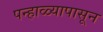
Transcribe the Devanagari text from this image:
पन्हाळ्यापासून